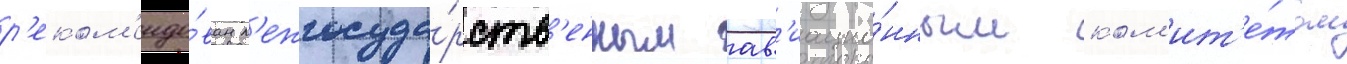
р'еком'ендо́ван м'ежгосуда́рств'енным ав'иацио́нным ком'ит'е́том